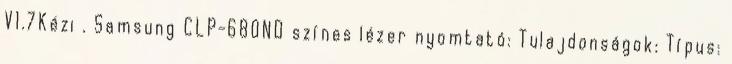
V1.7Kézi . Samsung CLP-680ND színes lézer nyomtató: Tulajdonságok: Típus: